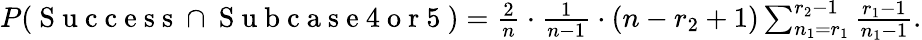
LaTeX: \begin{array}{r}{P(\mathrm{~S~u~c~c~e~s~s~}\cap\mathrm{~S~u~b~c~a~s~e~4~o~r~5~})=\frac{2}{n}\cdot\frac{1}{n-1}\cdot(n-r_{2}+1)\sum_{n_{1}=r_{1}}^{r_{2}-1}\frac{r_{1}-1}{n_{1}-1}.}\end{array}